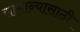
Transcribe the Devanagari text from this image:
सामान्यासाठी